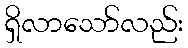
ရှိလာသော်လည်း